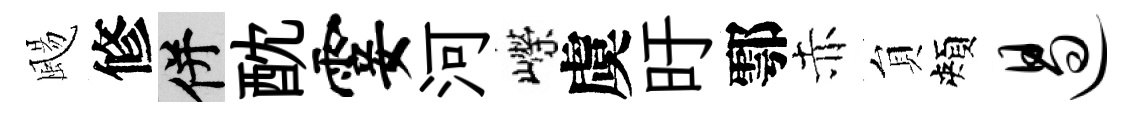
颺修并酖霎河嶸虞旴鄠赤貟頰遏